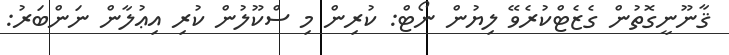
ޤާނޫނީގޮތުން ގެޒެޓްކުރެވޭ ލިޔުން ނޯޓް: ކުރިން މި ސްކޫލުން ކުރި އިޢުލާން ނަންބަރު: